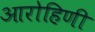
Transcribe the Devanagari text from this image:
आरोहिणी